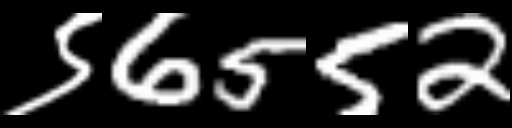
Text: ९6552